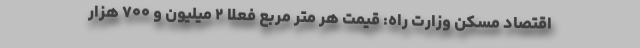
اقتصاد مسکن وزارت راه: قیمت هر متر مربع فعلاً ۲ میلیون و ۷۰۰ هزار